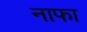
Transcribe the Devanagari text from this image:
नाफा